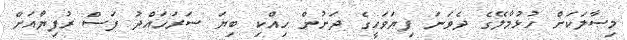
މިސާލަކަށް ހުޅުމާލޭގެ ދެވަނަ ފިޔަވަހީގެ ދަށުން ހިއްކި ބިޔަ ސަރަހައްދު ފަސް ރުފިޔާއަށް